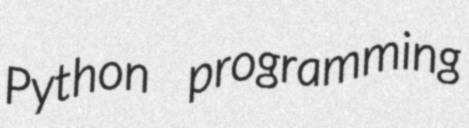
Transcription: Python programming